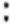
: